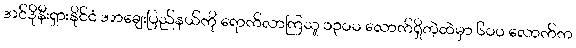
အင်ဒိုနီးရှားနိုင်ငံ အာချေးပြည်နယ်ကို ရောက်လာကြသူ ၁၃ဝဝ လောက်ရှိတဲ့ထဲမှာ ၆ဝဝ လောက်က